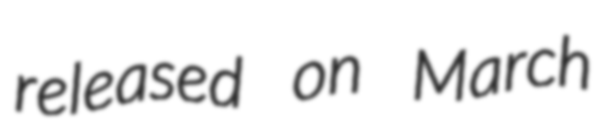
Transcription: released on March